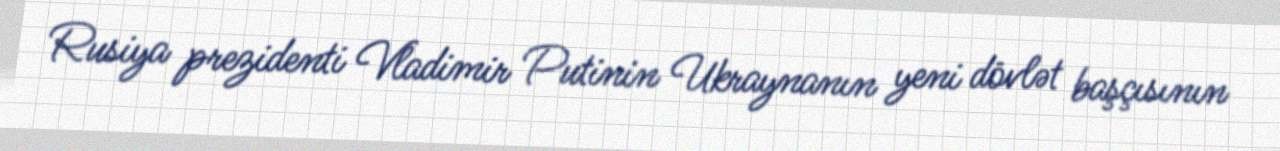
Rusiya prezidenti Vladimir Putinin Ukraynanın yeni dövlət başçısının